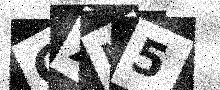
Text: CXM5